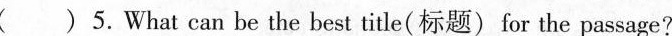
( )5.What can be the best title(标题) for the passage?